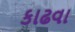
કાઢવા